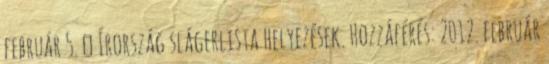
február 5. ↑ Írország slágerlista helyezések. Hozzáférés: 2012. február